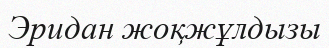
Эридан жоқжұлдызы